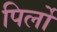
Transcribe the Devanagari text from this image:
पिर्लो